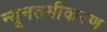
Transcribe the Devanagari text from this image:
न्यूनतमीकरण